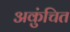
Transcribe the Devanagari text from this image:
अकुंचित